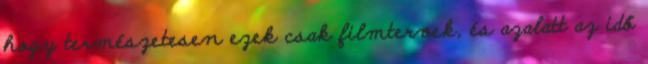
hogy természetesen ezek csak filmtervek, és azalatt az idő